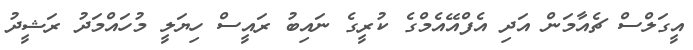
އީގަލްސް ޗެއާމަން އަދި އެފްއޭއެމްގެ ކުރީގެ ނައިބު ރައީސް ހިޔަލީ މުހައްމަދު ރަޝީދު